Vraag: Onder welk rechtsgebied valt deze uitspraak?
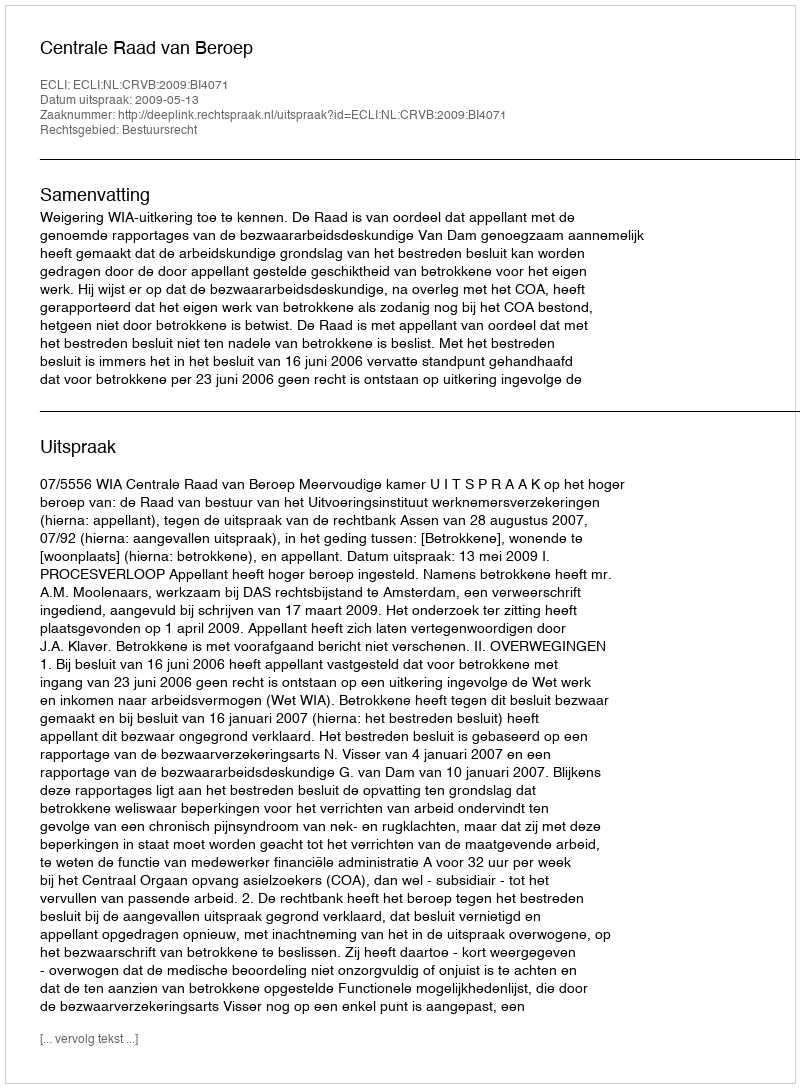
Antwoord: Bestuursrecht